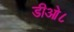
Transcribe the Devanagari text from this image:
डीओ८